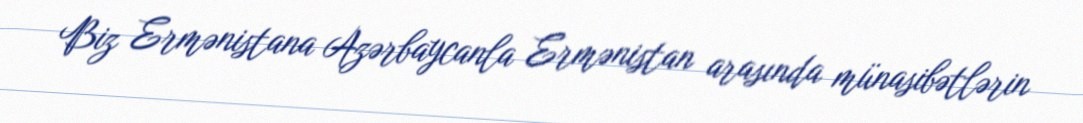
Biz Ermənistana Azərbaycanla Ermənistan arasında münasibətlərin